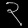
Digit: ၃